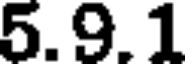
5.9.1